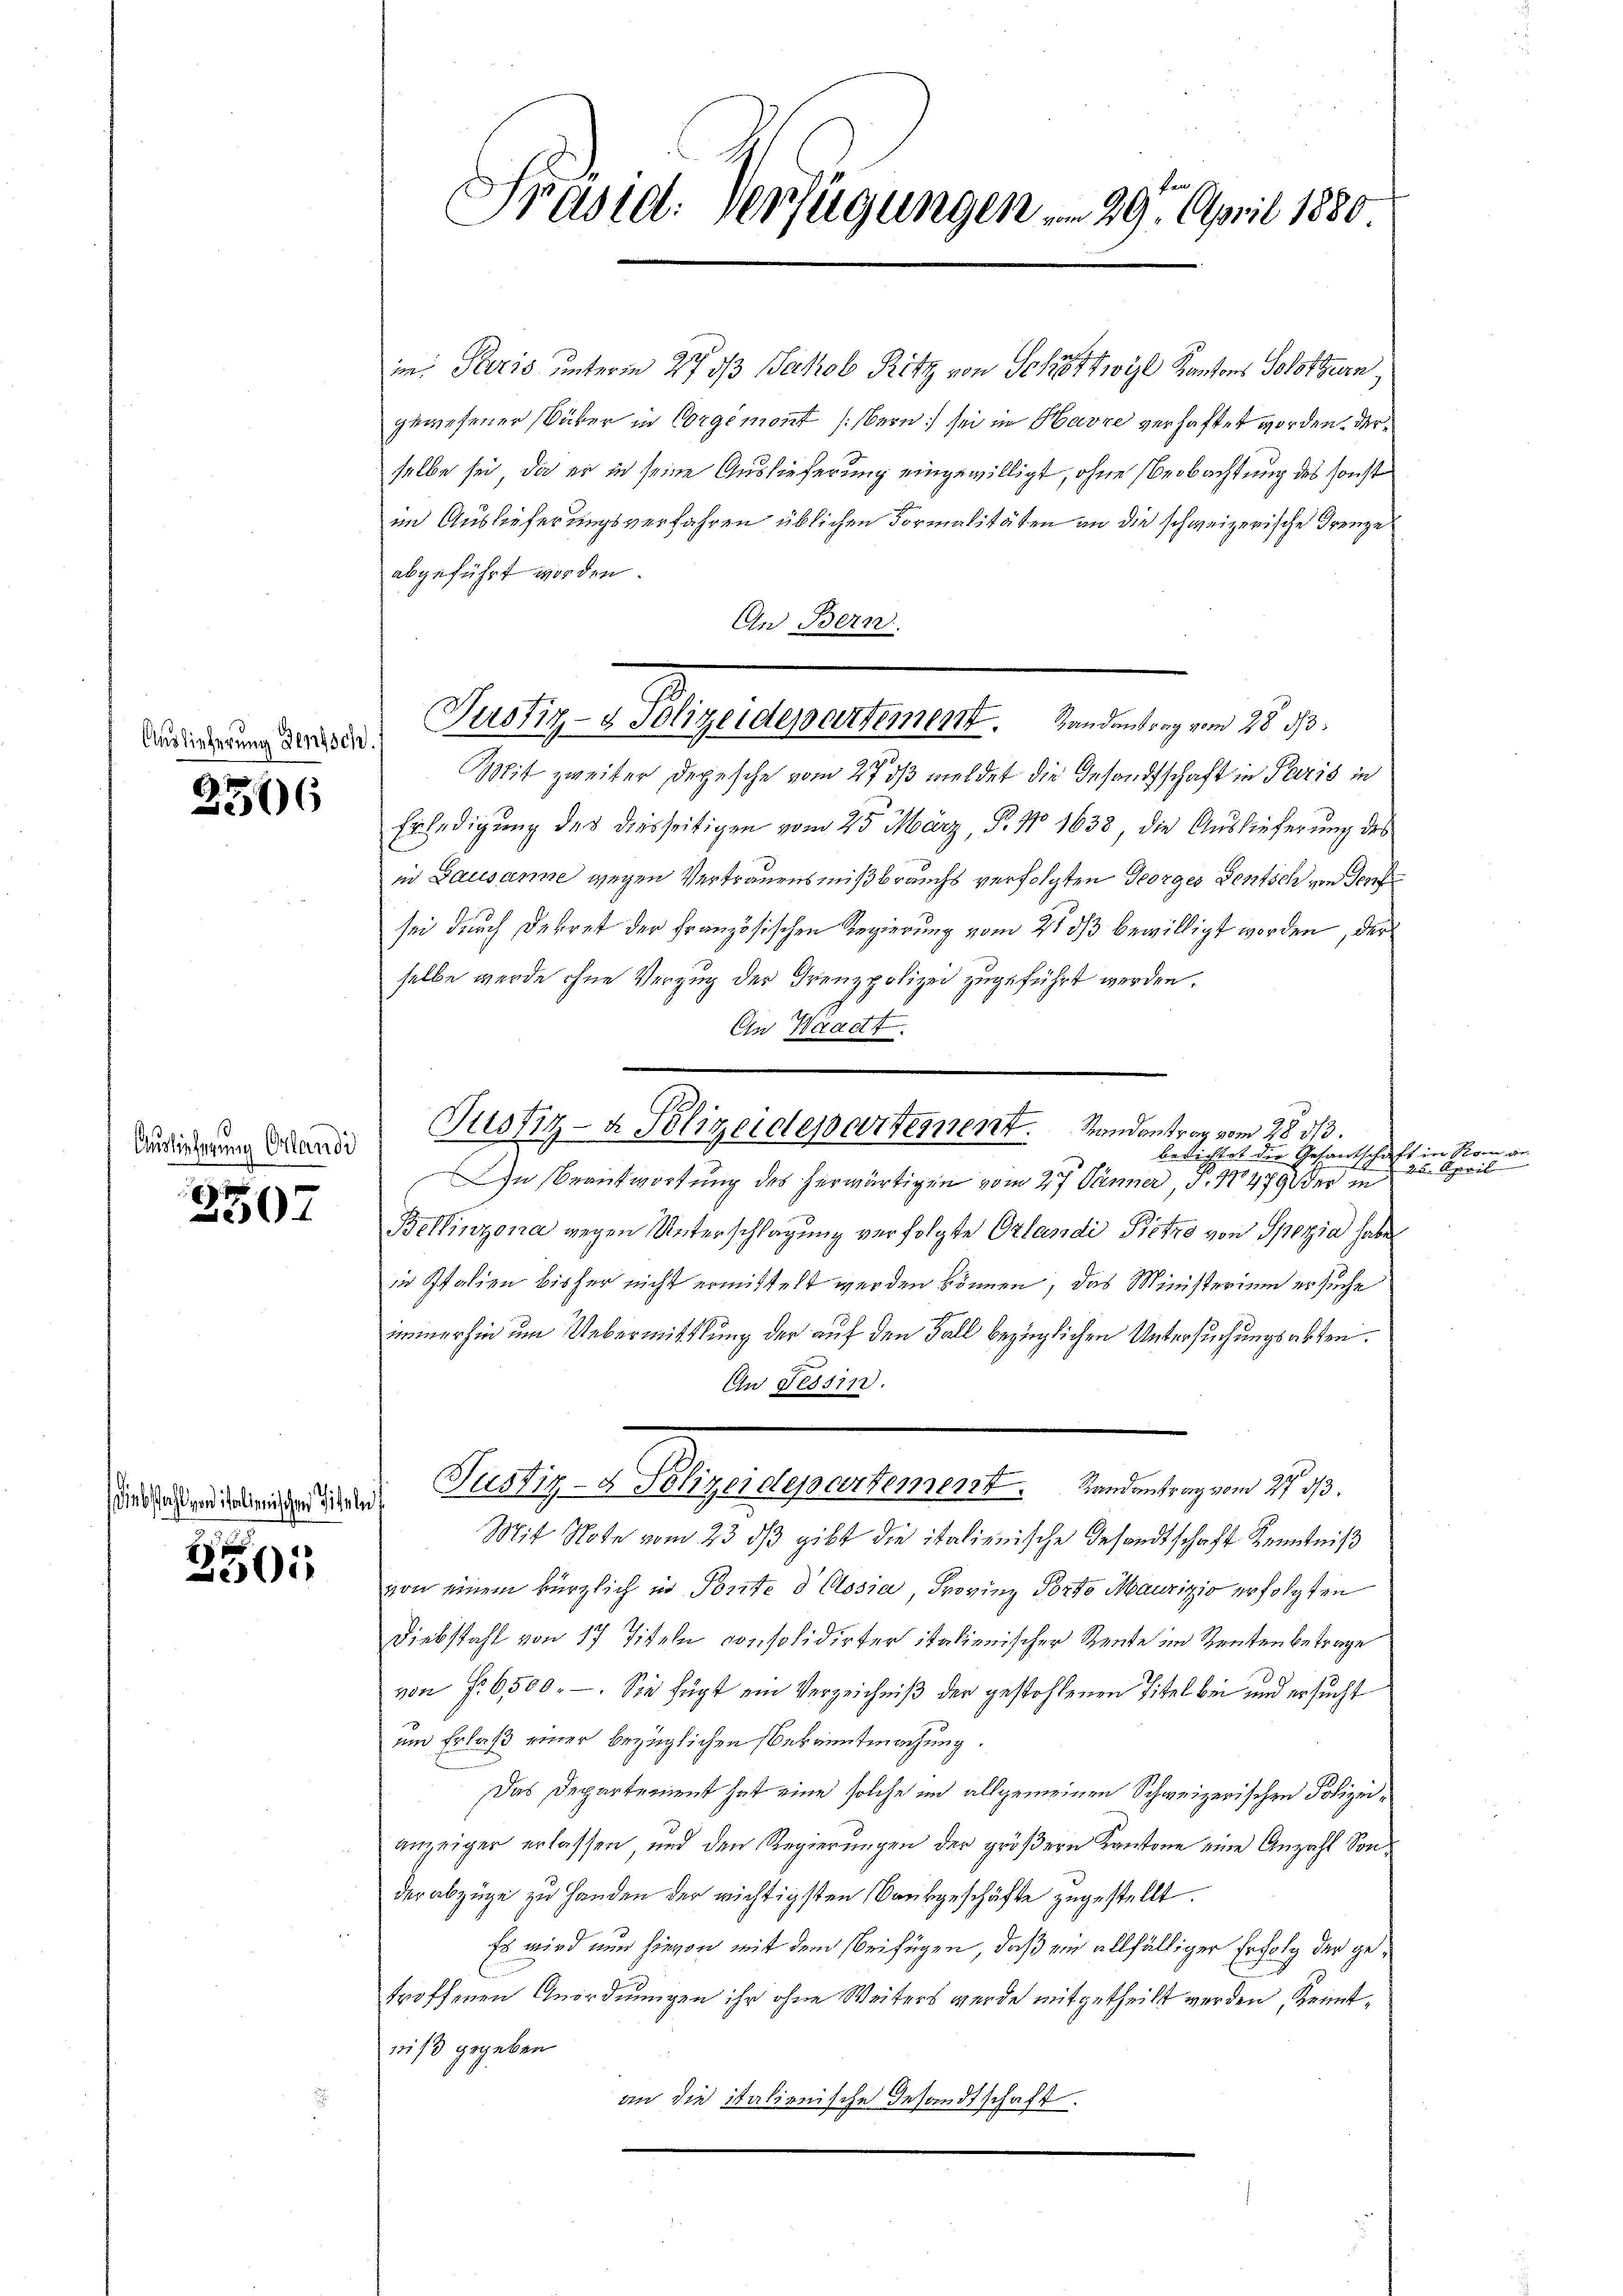
Auslieferung densch

2306

Auslieferung Orlandi

2507

Diebstahl von italienischen Titel

2501

Präsid. Verfügungen . . 29. April 1880

Justiz- & Polizeidepartement. Handantrag vom 28. ds.

in: Paris unterm 27 des Jakob Ritz von Schwil Kantons Solothurn,
gewesener Bäker in Corgémont (Bern sei in Havre verhaftet worden. Derselbe sei, da er in seine Auslieferung eingewilligt, ohne Beobachtung des sonst
im Auslieferungsverfahren üblichen Formalitäten an die schweizerische Grenze
abgeführt worden
An Bern
Mit zweiter Depesche vom 27. dβ meldet die Gesandtschaft in Paris in
Erledigung des diesseitigen vom 25. März, P. No 1638, die Auslieferung des
in Lausanne wegen Vertrauensmißbrauchs verfolgten Georges entsch von Genf
sei durch Dekret der Französischen Regierung vom 21 813 bewilligt worden, der
selbe werde ohne Verzug der Grenzpolizei zugeführt werden.
An Waadt.
berichtet der Gesand
t
E
In Beantwortung des herwärtigen vom 27. Jänner, J. 18479 der in
Bellinzona wegen Unterschlagung verfolgte Orlandi Pietzo von Spezia habe
in Italien bisher nicht ermittelt werden können, das Ministerium ersuche
immerhin um Uebermittlung der auf den Fall bezüglichen Untersuchungsabten.
An Tessin.
Justiz- & Polizeidepartement. Randantrag vom 27. d.
d
Mit Note vom 23 dß gibt die italienische Gesandtschaft Kenntniß
von einem kürzlich in Porte d Closia, Provinz Porto Maurizio erfolgten
Diebstahl von 17 Titeln consolidirter italienischer Rente im Renten betrage
von Fr. 6500.-. Sie fügt ein Verzeichniß der gestohlenen Titel bei und ersucht
um Erlaß einer bezüglichen Bekanntmachung.
Das Departement hat eine solche im allgemeinen Schweizerischen Polizeianzeiger erlassen und den Regierungen der größern Kantone eine Anzahl Sonder abzüge zu Handen der richtigsten ausgeschäfte zugestellt.
Es wird nun hievon mit dem beifügen, daß ein allfälliger Erfolg der getroffenen Anordnungen ihr ohne Weiters wurde mitgetheilt werden, Kenntniß gegeben
an die italienische Gesandtschaft.

Justiz- & Polizeidepartement. Randantrag vom 28. 313.

in Rom ge
25. April